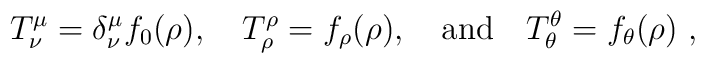
T^\mu_\nu = \delta^\mu_\nu f_0(\rho), \quad T_\rho^\rho =      f_\rho(\rho), \quad     {\rm and} \quad T_\theta^\theta = f_\theta(\rho)~,